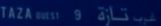
TAZA QUEST 5